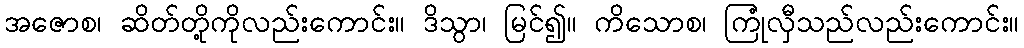
အဇောစ၊ ဆိတ်တို့ကိုလည်းကောင်း။ ဒိသွာ၊ မြင်၍။ ကိသောစ၊ ကြုံလှီသည်လည်းကောင်း။